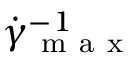
\dot { \gamma } _ { \mathrm { ~ m ~ a ~ x ~ } } ^ { - 1 }